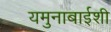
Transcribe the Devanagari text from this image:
यमुनाबाईशी